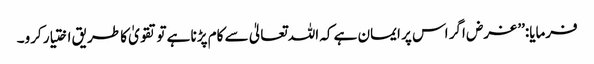
فرمایا:’’ غرض اگر اس پر ایمان ہے کہ اللہ تعالیٰ سے کام پڑنا ہے تو تقویٰ کا طریق اختیار کرو۔